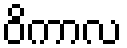
ဝိကာလ